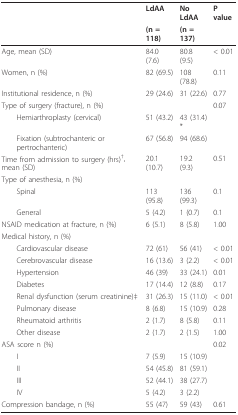
|  | LdAA | No LdAA | P value |
 |  | (n = 118) | (n = 137) |  |
 | --- | --- | --- | --- |
 | Age, mean (SD) | 84.0 (7.6) | 80.8 (9.5) | < 0.01 |
 | Women, n (%) | 82 (69.5) | 108 (78.8) | 0.11 |
 | Institutional residence, n (%) | 29 (24.6) | 31 (22.6) | 0.77 |
 | Type of surgery (fracture), n (%) |  |  | 0.07 |
 | Hemiarthroplasty (cervical) | 51 (43.2) | 43 (31.4)* |  |
 | Fixation (subtrochanteric or pertrochanteric) | 67 (56.8) | 94 (68.6) |  |
 | Time from admission to surgery (hrs)†, mean (SD) | 20.1 (10.7) | 19.2 (9.3) | 0.51 |
 | Type of anesthesia, n (%) |  |  |  |
 | Spinal | 113 (95.8) | 136 (99.3) | 0.1 |
 | General | 5 (4.2) | 1 (0.7) | 0.1 |
 | NSAID medication at fracture, n (%) | 6 (5.1) | 8 (5.8) | 1.00 |
 | Medical history, n (%) |  |  |  |
 | Cardiovascular disease | 72 (61) | 56 (41) | < 0.01 |
 | Cerebrovascular disease | 16 (13.6) | 3 (2.2) | < 0.01 |
 | Hypertension | 46 (39) | 33 (24.1) | 0.01 |
 | Diabetes | 17 (14.4) | 12 (8.8) | 0.17 |
 | Renal dysfunction (serum creatinine)‡ | 31 (26.3) | 15 (11.0) | < 0.01 |
 | Pulmonary disease | 8 (6.8) | 15 (10.9) | 0.28 |
 | Rheumatoid arthritis | 2 (1.7) | 8 (5.8) | 0.11 |
 | Other disease | 2 (1.7) | 2 (1.5) | 1.00 |
 | ASA score n (%) |  |  | 0.02 |
 | I | 7 (5.9) | 15 (10.9) |  |
 | II | 54 (45.8) | 81 (59.1) |  |
 | III | 52 (44.1) | 38 (27.7) |  |
 | IV | 5 (4.2) | 3 (2.2) |  |
 | Compression bandage, n (%) | 55 (47) | 59 (43) | 0.61 |